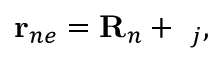
{ \bf r } _ { n e } = { \bf R } _ { n } + { \bf \rho } _ { j } ,